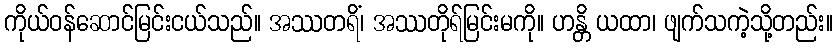
ကိုယ်ဝန်ဆောင်မြင်းငယ်သည်။ အဿတရိံ၊ အဿတိုရ်မြင်းမကို။ ဟန္တိ ယထာ၊ ဖျက်သကဲ့သို့တည်း။